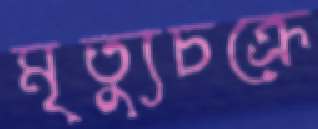
মৃত্যুচক্রে